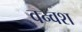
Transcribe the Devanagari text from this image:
वन्वश